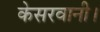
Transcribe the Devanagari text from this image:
केसरवानी।